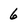
Character: 6